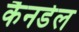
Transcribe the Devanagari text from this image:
कैनडेल